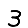
Digit: 3